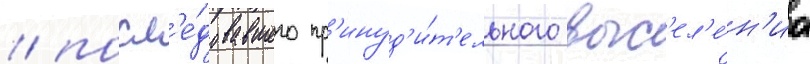
/ посл'е́довавшего пр'инуд'и́т'ельного выс'ел'е́н'иа